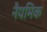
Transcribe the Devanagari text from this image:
नैयमिक